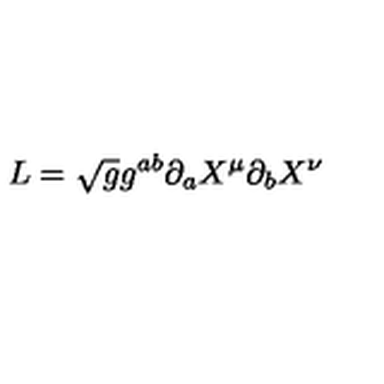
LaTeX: L = \sqrt { g } g ^ { a b } \partial _ { a } X ^ { \mu } \partial _ { b } X ^ { \nu }